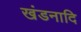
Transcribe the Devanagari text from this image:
खंडनादि